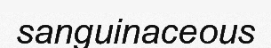
sanguinaceous